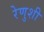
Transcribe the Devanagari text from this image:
रेणुशी